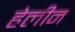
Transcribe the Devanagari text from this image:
हेलीन